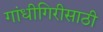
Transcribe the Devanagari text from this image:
गांधीगिरीसाठी